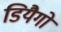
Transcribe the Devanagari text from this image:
डियैगो